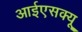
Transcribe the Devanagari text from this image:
आईएसक्यू